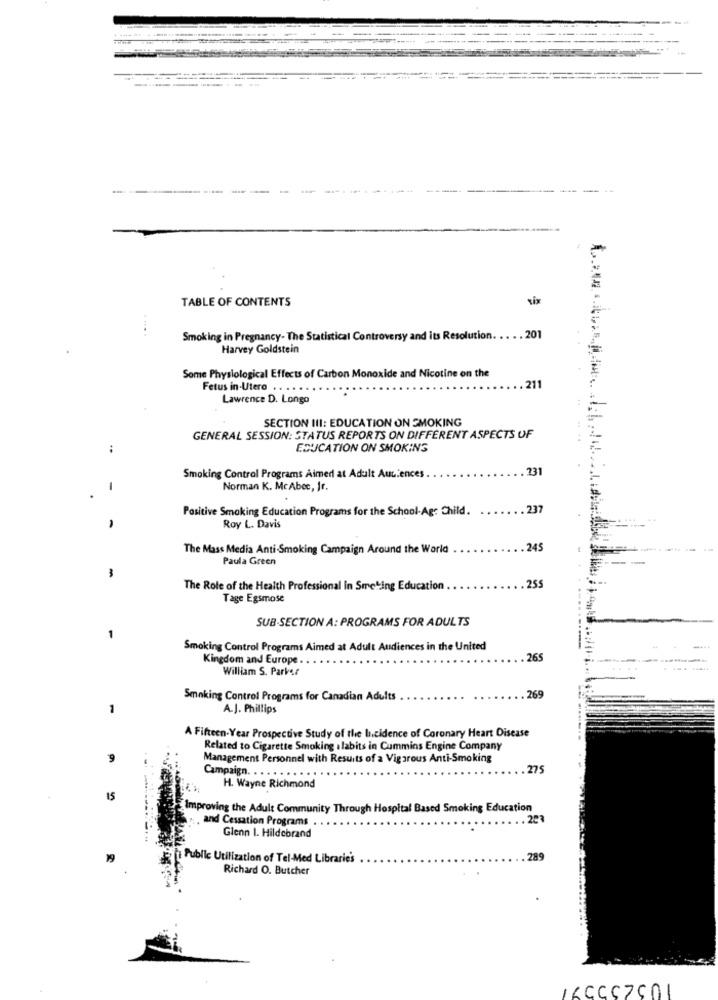
-----------
--
--
TABLE OF CONTENTS
Smoking in Pregnancy- The Statistical Controversy and its Resolution.
... 201
Harvey Goldstein
Some Physiological Effects of Carbon Monoxide and Nicotine on the
Fetus in Utero . .
Lawrence D. Longo
SECTION III: EDUCATION ON SMOKING
GENERAL SESSION: STATUS REPORTS ON DIFFERENT ASPECTS OF
:
EDUCATION ON SMOKING
231
Smoking Control Programs Aimed at Adult Aut:ences
-
Norman K. McAbec, Jr.
Positive Smoking Education Programs for the School-Agr Child.
237
Roy L. Davis
The Mass Media Anti-Smoking Campaign Around the World
245
Paula Green
-
The Role of the Health Professional In Smeting Education
255
Tage Egsmose
SUB SECTION A: PROGRAMS FOR ADULTS
-
Smoking Control Programs Aimed at Adult Audiences in the United
Kingdom and Europe
265
William S. Parker
269
Smoking Control Programs for Canadian Adults
1
A.J. Phillips
A Fifteen.Year Prospective Study of the Incidence of Coronary Heart Disease
Related to Cigarette Smoking . labits in Cummins Engine Company
9
Management Personnel with Results of a Vigorous Anti-Smoking
Campaign. .
275
H. Wayne Richmond
15
Improving the Adult Community Through Hospital Based Smoking Education
. and Cessation Programs
223
Glenn I. Hildebrand
Public Utilization of Tel-Med Librarie's
Richard O. Butcher
16CCS7501